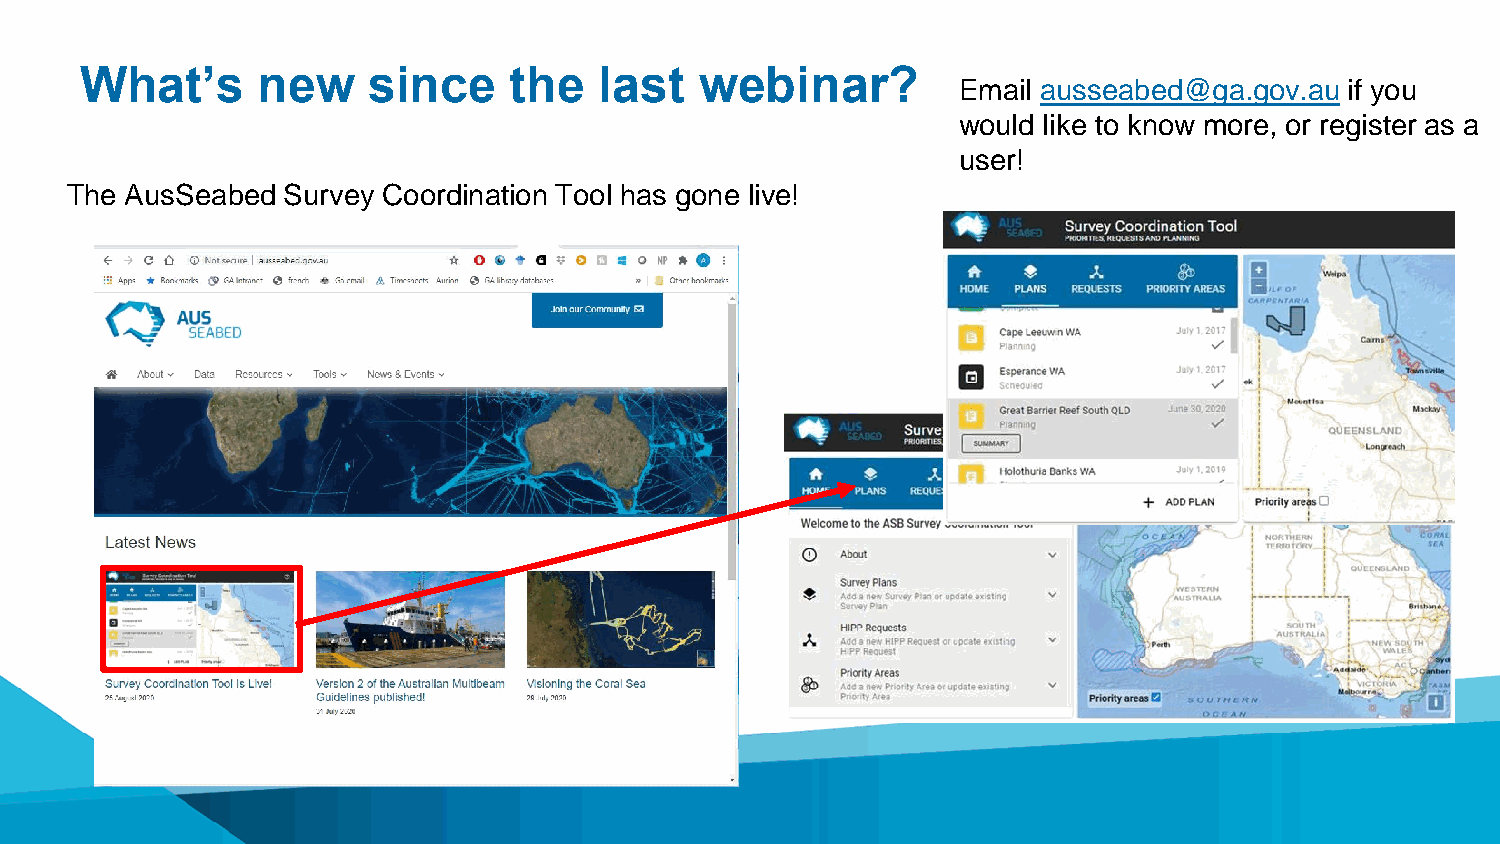
What’s      new    since     the   last  webinar?
 Email ausseabed@ga.gov.au if you
 would like to know more, or register as a
 user!
 The AusSeabed  Survey Coordination Tool has gone live!